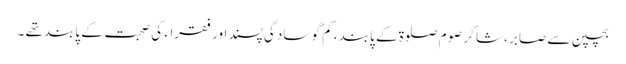
بچپن سے صابر ، شاکر صوم صلوۃ کے پابند ، کم گو سادگی پسند اور فقراء کی صحبت کے پابند تھے ۔